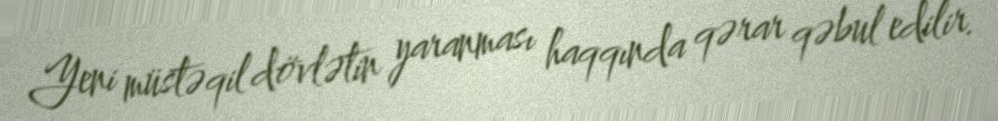
Yeni müstəqil dövlətin yaranması haqqında qərar qəbul edilir.